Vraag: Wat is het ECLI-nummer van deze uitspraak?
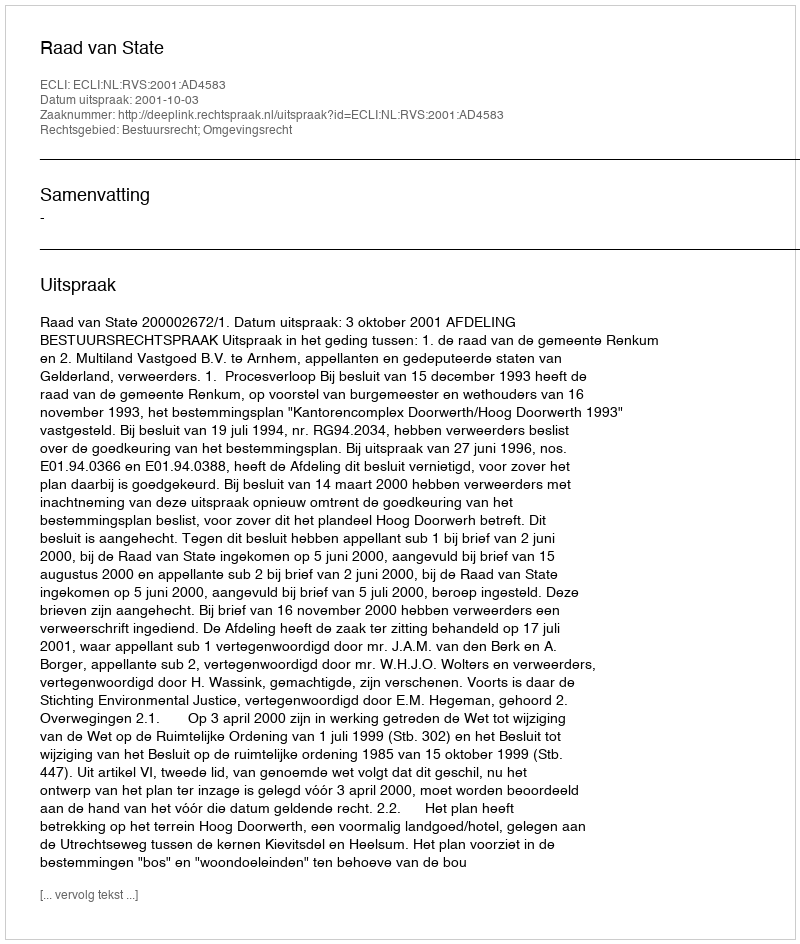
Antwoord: ECLI:NL:RVS:2001:AD4583